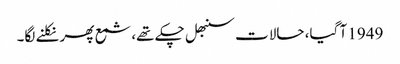
1949 آ گیا، حالات سنبھل چکے تھے، شمع پھر نکلنے لگا۔